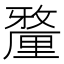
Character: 𨤲